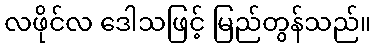
လဖိုင်လ ဒေါသဖြင့် မြည်တွန်သည်။